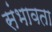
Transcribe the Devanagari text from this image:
संभावता